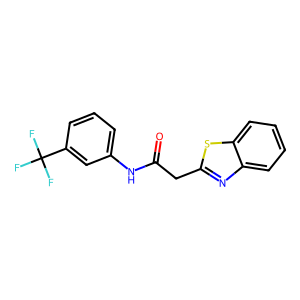
SMILES: O=C(Cc1nc2ccccc2s1)Nc1cccc(C(F)(F)F)c1
Inhibits HIV replication: No